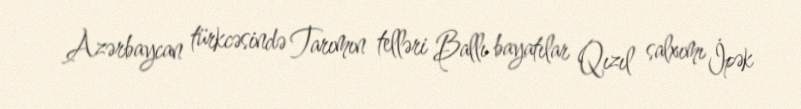
Azərbaycan türkcəsində Tarımın telləri Ballı bayatılar Qızıl salxımı İpək